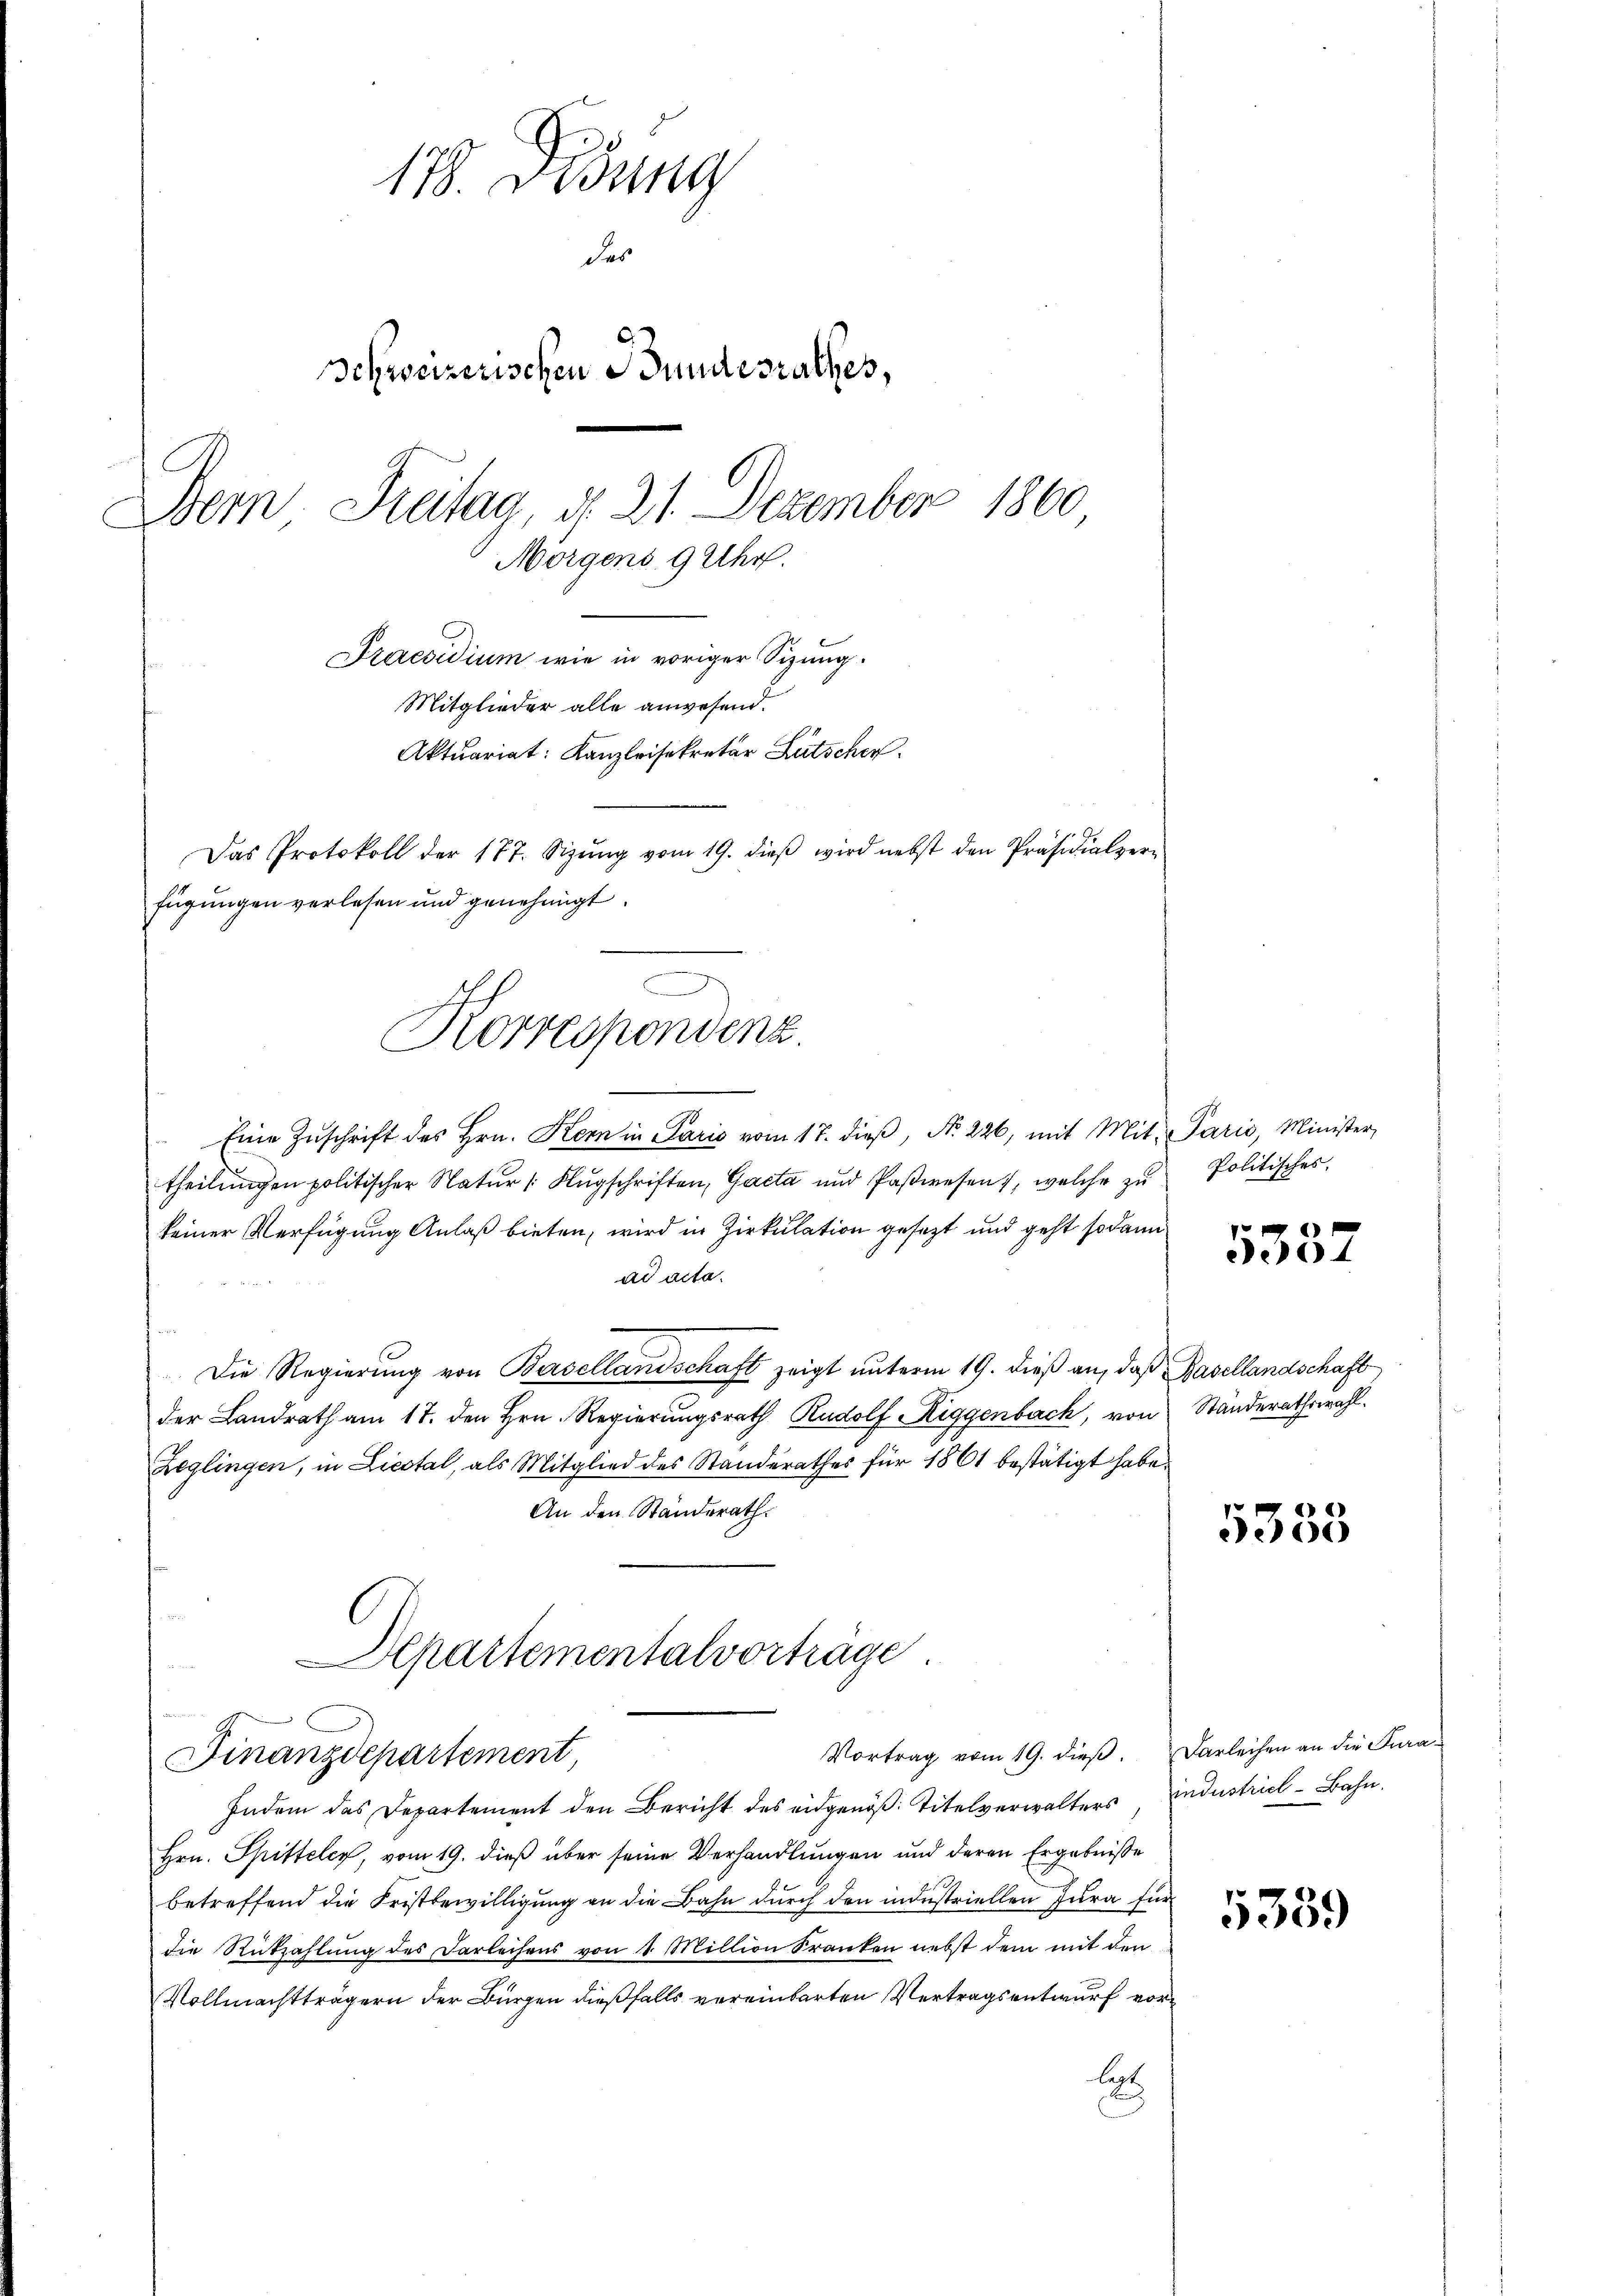
Eine Zŭschrift des Hrn. Kern in Paris vom 17. dieβ, Nr. 226, mit Mit. Paris, Minister,
theilungen politischer Natur | Flugschriften, Gacta und Paßwesen, welche zu
keiner Verfügung Anlaß bieten, wird in Zirkulation gesezt und geht sodann
ad acta.
Die Regierung von Basellandschaft zeigt unterm 19. dieß an, daß Basellandschaft
der Landrath am 17. den Hrn. Regierungsrath Rudolf Riggenbach, von Standerathswahl.
Zeglingen, in Liestal, als Mitglied des Standerathes für 1861 bestätigt habe.
An den Ständerath.
Departementalvortrage.
Vortrag vom 19. dieß. Darleihen an die Fura¬
Finanzdepartement
Indem das Departement den Bericht des eidgenöß: Titelverwalters industriel-Bahn.
Hrn. Spitteler, vom 19. dieß über seine Verhandlungen und deren Ergebniße
betreffend die Fristbewilligung an die Bahn durch den industriellen Jura für
die Rückzahlung des Darleihens von 1. Million Kranken nebst dem mit den
Vollmachtträgern der Bürgen dießfalls vereinbarten Vertragsentwurf vorlegt.
Bu

178. Disung
das
Schweizerischen Bundesrathes,
Freitag § 21. Dezember 1860
Bern
Morgens 9 Uhr.

Praesidium wie in voriger Sizung.
Mitglieder alle anwesend.
Aktuariat: Kanzleisekretär Lütscher
Das Protokoll der 177. Sizŭng vom 19. dieβ wird nebst den Präsidialzer-
fügungen verlesen und genehmigt.
Korresponvenz

Politisches.

04

5338

5339